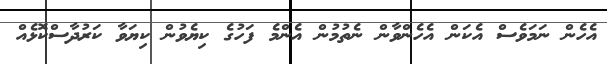
އެހެން ނަމަވެސް އެކަން އެހެންވާން ނެތުމުން އެންމެ ފަހުގެ ކިޔެވުން ކިޔަވާ ކަރުދާސްކޮޅެއް